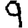
Digit: 9